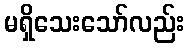
မရှိသေးသော်လည်း